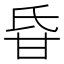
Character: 𤯁